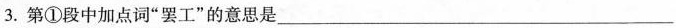
3. 第①段中加点词“罢工”的意思是___